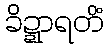
ခိဍ္ဍာရတိံ